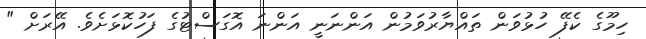
ހިމޫގެ ކެފޭ ހުޅުވަން ތައްޔާރުވަމުން އަންނަނީ އަންނަ އޮގަސްޓުގެ ފަހުކޮޅަށެވެ. އޭރަށް "